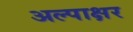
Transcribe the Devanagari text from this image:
अल्पाक्षर